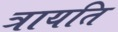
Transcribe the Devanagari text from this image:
त्रायति